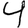
Digit: 4